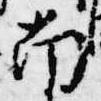
南